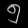
Digit: ၅